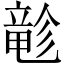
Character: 𲎬